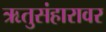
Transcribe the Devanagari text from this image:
ऋतुसंहारावर